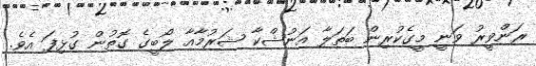
ރަންވީރު ވަނީ މީގެކުރިން ބަތަލާ އަނުޝްކާ ޝަރުމާއާ ލޯބީގެ ގޮތުން ގުޅިފަ އެވެ.